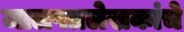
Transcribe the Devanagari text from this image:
जालपत्रलेखकांचे